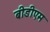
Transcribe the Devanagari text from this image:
बीडीएम